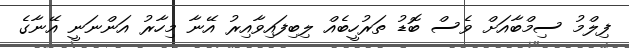
ފިލްމު ސިމްބާއަށް ވެސް ބޮޑު ތަރުހީބެއް ލިބިފައިވާއިރު އޭނާ މިހާރު އަންނަނީ އޭނާގެ